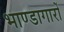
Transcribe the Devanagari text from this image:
भाण्डागारों